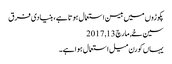
پکوڑوں میں بیسن استعمال ہوتا ہے، بنیادی فرق
سین خے, ‏مارچ 13, 2017
یہاں کورن میل استعمال ہوا ہے۔